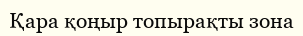
Қара қоңыр топырақты зона